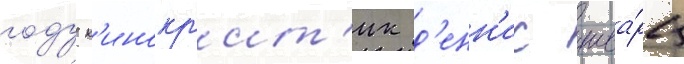
году к'инокр'ит'ик д'енн'ис шва́рц